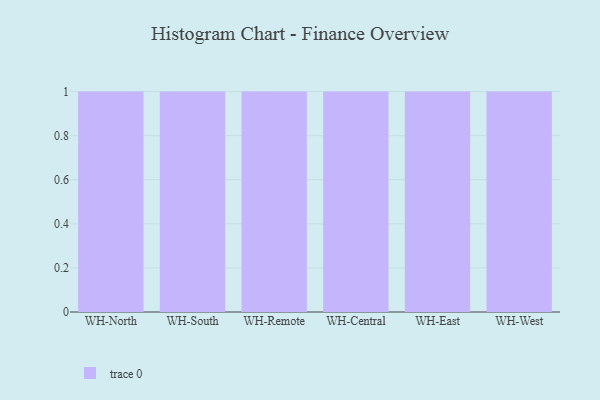
{"axis": {"x": "Warehouse", "y": "Active Users"}, "legend": [""], "data": [{"x": "WH-North", "y": 94, "type": ""}, {"x": "WH-South", "y": 96, "type": ""}, {"x": "WH-Remote", "y": 75, "type": ""}, {"x": "WH-Central", "y": 28, "type": ""}, {"x": "WH-East", "y": 33, "type": ""}, {"x": "WH-West", "y": 59, "type": ""}]}